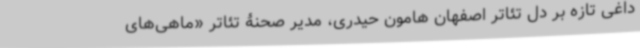
داغی تازه بر دل تئاتر اصفهان هامون حیدری، مدیر صحنۀ تئاتر «ماهی‌های